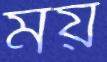
ময়